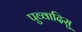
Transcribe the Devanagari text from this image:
पुव्वादिसु